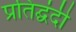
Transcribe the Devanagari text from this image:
प्रतिद्घंदी